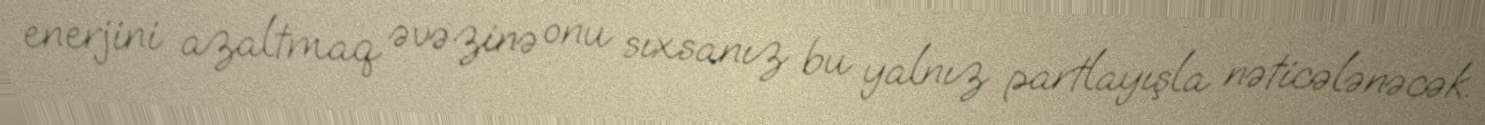
enerjini azaltmaq əvəzinə onu sıxsanız bu yalnız partlayışla nəticələnəcək.